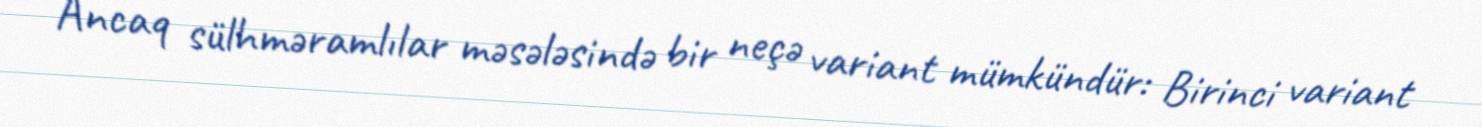
Ancaq sülhməramlılar məsələsində bir neçə variant mümkündür: Birinci variant